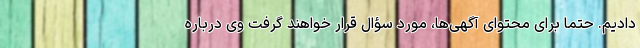
دادیم. حتماً برای محتوای آگهی‌ها، مورد سؤال قرار خواهند گرفت وی درباره